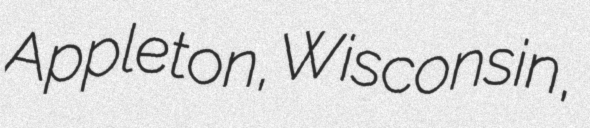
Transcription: Appleton, Wisconsin,